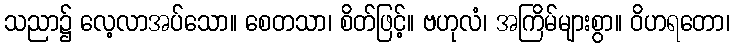
သညာ၌ လေ့လာအပ်သော။ စေတသာ၊ စိတ်ဖြင့်။ ဗဟုလံ၊ အကြိမ်များစွာ။ ဝိဟရတော၊